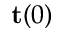
\mathbf t ( 0 )